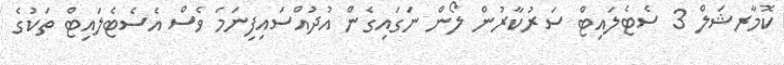
ކޮމާރޝަލް 3 ސެޓެލައިޓް ސަރުކާރުން ލޯން ނަގައިގެން އުދުއްސައިފިނަމަ ވެސް އެސެޓެލައިޓް ތަކުގެ